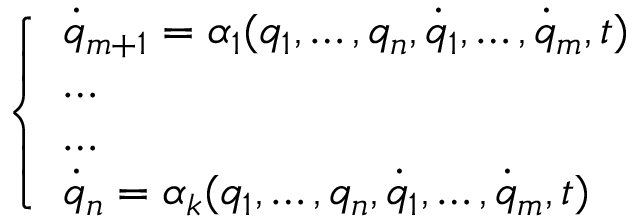
\left\{ \begin{array} { l l } { { \dot { q } } _ { m + 1 } = \alpha _ { 1 } ( q _ { 1 } , \dots , q _ { n } , { \dot { q } } _ { 1 } , \dots , { \dot { q } } _ { m } , t ) } \\ { \dots } \\ { \dots } \\ { { \dot { q } } _ { n } = \alpha _ { k } ( q _ { 1 } , \dots , q _ { n } , { \dot { q } } _ { 1 } , \dots , { \dot { q } } _ { m } , t ) } \end{array} \right.